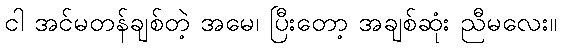
ငါ အင်မတန်ချစ်တဲ့ အမေ၊ ပြီးတော့ အချစ်ဆုံး ညီမလေး။